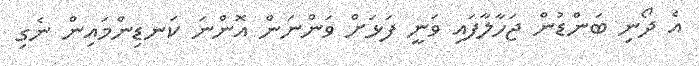
އެ ދޯނި ބަންޑުން ޖަހާލާފައި ވަނީ ފަޅަށް ވަންނަން އޮންނަ ކަނޑިންމައިން ނެގި